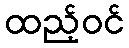
ထည့်ဝင်